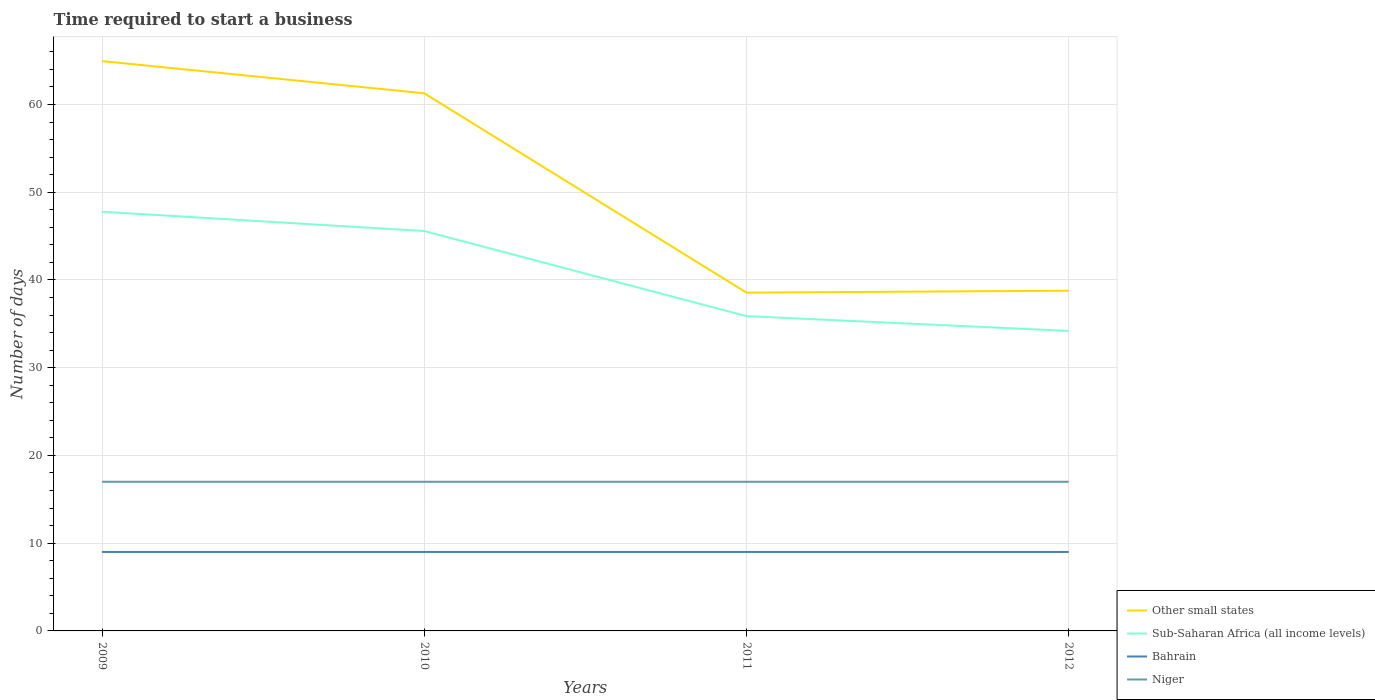
| Years | Other small states | Sub-Saharan Africa (all income levels) | Bahrain | Niger |
 | --- | --- | --- | --- | --- |
 | 2009 | 64.9 | 47.8 | 9 | 17 |
 | 2010 | 61.3 | 45.6 | 9 | 17 |
 | 2011 | 38.6 | 35.9 | 9 | 17 |
 | 2012 | 38.8 | 34.2 | 9 | 17 |